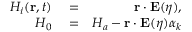
\begin{array} { r l r } { H _ { i } ( \mathbf { r } , t ) } & { { } = } & { \mathbf { r } \cdot \mathbf { E } ( \eta ) , } \\ { H _ { 0 } } & { { } = } & { H _ { a } - \mathbf { r } \cdot \mathbf { E } ( \eta ) \alpha _ { k } } \end{array}